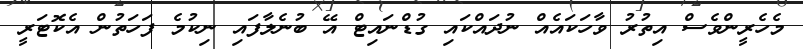
މެހެރީންވެސް އިތުރު ވާހަކައެއް ނުދައްކައި ގުޑްނައިޓް އޭ ބުނެލާފައި ނިކުމެ ފަހަތުން އެކޮޓަރީ